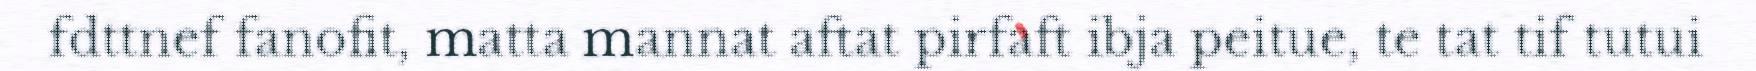
fdttnef fanofit, matta mannat aftat pirfaft ibja peitue, te tat tif tutui